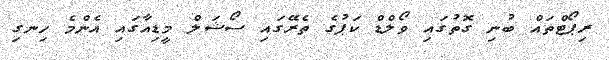
ރިޕޯޓްތައް ބުނި ގޮތުގައި ވޯލްޑް ކަޕުގެ ތެރޭގައި ސޯޝަލް މީޑިއާގައި އެންމެ ހިނގި